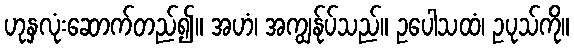
ဟုနှလုံးဆောက်တည်၍။ အဟံ၊ အကျွန်ုပ်သည်။ ဥပေါသထံ၊ ဥပုသ်ကို။